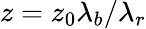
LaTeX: z=z_{0}\lambda_{b}/\lambda_{r}